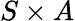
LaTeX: S\times A